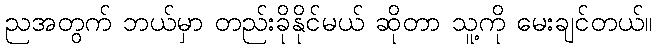
ညအတွက် ဘယ်မှာ တည်းခိုနိုင်မယ် ဆိုတာ သူ့ကို မေးချင်တယ်။